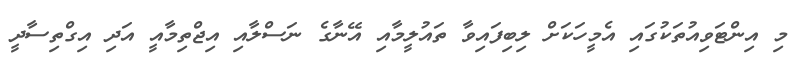
މި އިންޓަވިއުތަކުގައި އެމީހަކަށް ލިބިފައިވާ ތައުލީމާއި އޭނާގެ ނަސްލާއި އިޖްތިމާއީ އަދި އިގްތިސާދީ